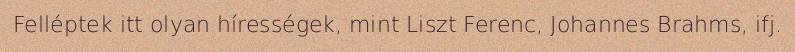
Felléptek itt olyan hírességek, mint Liszt Ferenc, Johannes Brahms, ifj.